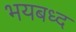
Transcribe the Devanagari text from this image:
भयबध्द